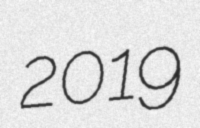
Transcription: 2019